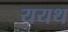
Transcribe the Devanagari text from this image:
ययथ